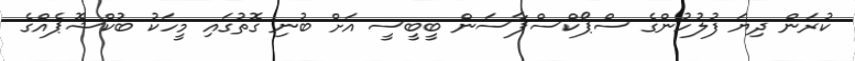
ކުރަން ދިޔަ ފުލުހުންގެ ސްޕޯކްސްޕާސަން ބީބީސީ އަށް ބުނި ގޮތުގައި މީހަކު ބުކްޝޮޕެއްގެ